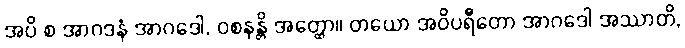
အပိ စ အာဂဒနံ အာဂဒေါ, ဝစနန္တိ အတ္ထော။ တယော အဝိပရီတော အာဂဒေါ အဿာတိ,